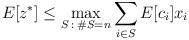
LaTeX: \begin{align*}E[z^*]\leq \max_{S \: :\: \# S=n}\sum_{i\in S}E[c_i]x_i\end{align*}